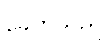
ခေတ်သည်